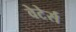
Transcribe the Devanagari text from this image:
वेटेर्स